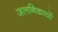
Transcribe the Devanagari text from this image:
जलनिकायों